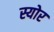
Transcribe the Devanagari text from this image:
स्योर